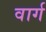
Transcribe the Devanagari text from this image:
वार्ग